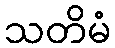
သတိမံ